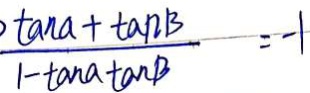
\frac { \tan a + \tan B } { 1 - \tan a + \tan \beta } = - 1